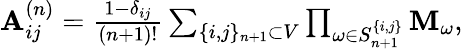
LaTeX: \begin{array}{r}{\mathbf{A}_{ij}^{\left(n\right)}=\frac{1-\delta_{ij}}{\left(n+1\right)!}\sum_{\{ i,j\} _{n+1}\subset V}\prod_{\omega\in S_{n+1}^{\{ i,j\} }}\mathbf{M}_{\omega},}\end{array}